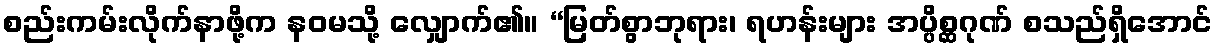
စည်းကမ်းလိုက်နာဖို့က နဝမသို့ လျှောက်၏။ “မြတ်စွာဘုရား၊ ရဟန်းများ အပ္ပိစ္ဆဂုဏ် စသည်ရှိအောင်